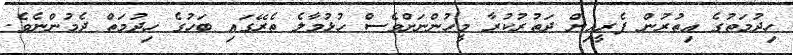
ހިދުމަތުގެ އިތުރުން ފެރީއިން ދަތުރުކުރާ މީހުންނަށްވެސް ހުޅުމާލެ ތެރޭގައި ބަހުގެ ހިދުމަތް ދެމުންނެވެ.